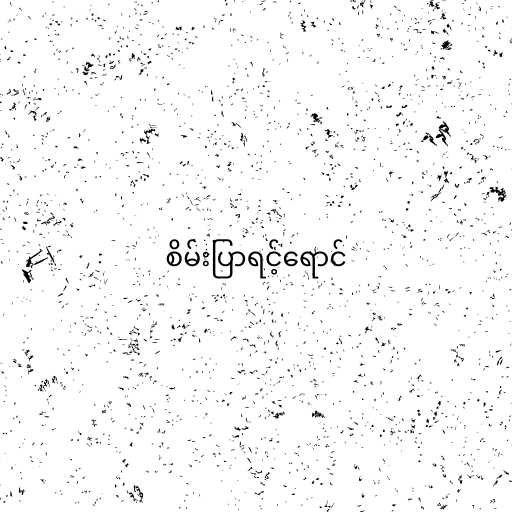
စိမ်းပြာရင့်ရောင်